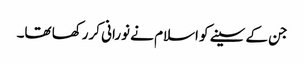
جن کے سینے کو اسلام نے نورانی کررکھا تھا۔